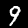
Digit: 9